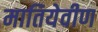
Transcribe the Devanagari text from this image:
मातियेवीण